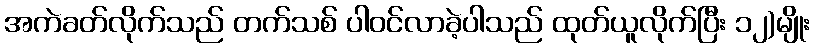
အကဲခတ်လိုက်သည် တက်သစ် ပါဝင်လာခဲ့ပါသည် ထုတ်ယူလိုက်ပြီး ၁၂)မျိုး